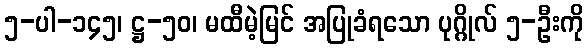
၅-ပါ-၁၄၅၊ ဋ္ဌ-၅၀၊ မထီမဲ့မြင် အပြုခံရသော ပုဂ္ဂိုလ် ၅-ဦးကို